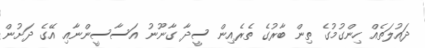
ދައުލަތެއް ހިންގުމުގެ ތިން ބާރުގެ ތެރެއިން ސީދާ ގާނޫނު އަސާސީންނާއި އޭގެ ދަށުން